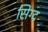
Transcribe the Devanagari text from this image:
सिग्द